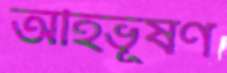
অহিভূষণ